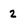
Character: 2